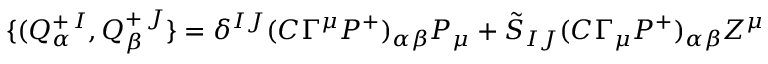
\{ ( Q _ { \alpha } ^ { + \, I } , Q _ { \beta } ^ { + \, J } \} = \delta ^ { I J } ( C \Gamma ^ { \mu } { \cal P } ^ { + } ) _ { \alpha \beta } P _ { \mu } + \tilde { S } _ { I J } ( C \Gamma _ { \mu } { \cal P } ^ { + } ) _ { \alpha \beta } Z ^ { \mu }